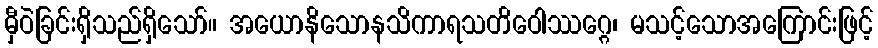
မှီဝဲခြင်းရှိသည်ရှိသော်။ အယောနိသောနသိကာရသတိဝေါဿဂ္ဂေ၊ မသင့်သောအကြောင်းဖြင့်